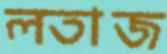
লতাজ